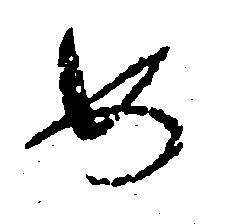
め